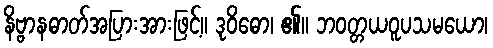
နိဗ္ဗာနဓာတ်အပြားအားဖြင့်။ ဒုဝိဓော၊ ၏။ ဘဝတ္တယဝူပသမယော၊